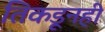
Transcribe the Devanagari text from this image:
तिकडूनही